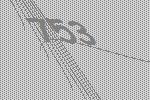
753